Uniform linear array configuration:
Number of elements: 8
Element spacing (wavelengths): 0.75
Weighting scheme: hamming
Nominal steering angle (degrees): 60
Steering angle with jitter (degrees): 58.759
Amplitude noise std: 0.05
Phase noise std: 0.05

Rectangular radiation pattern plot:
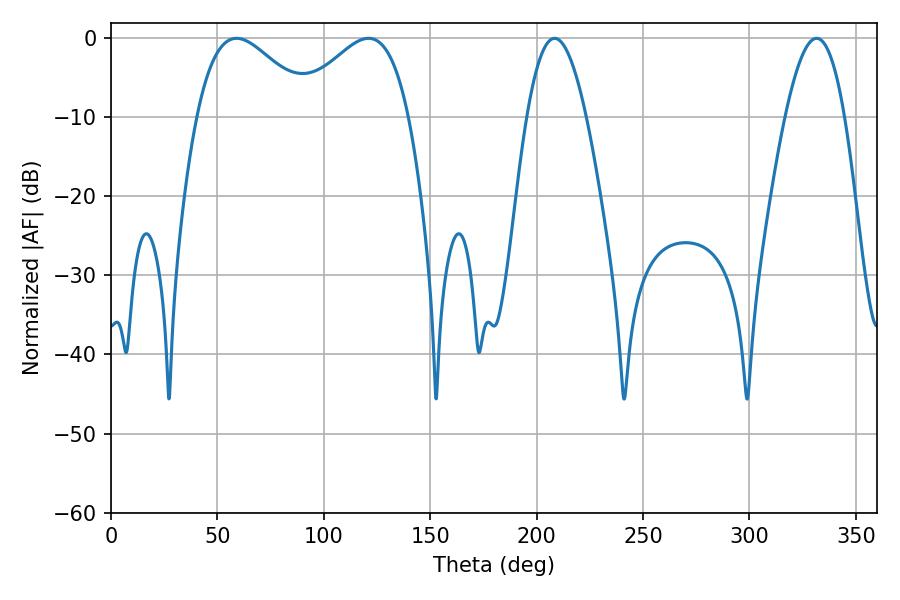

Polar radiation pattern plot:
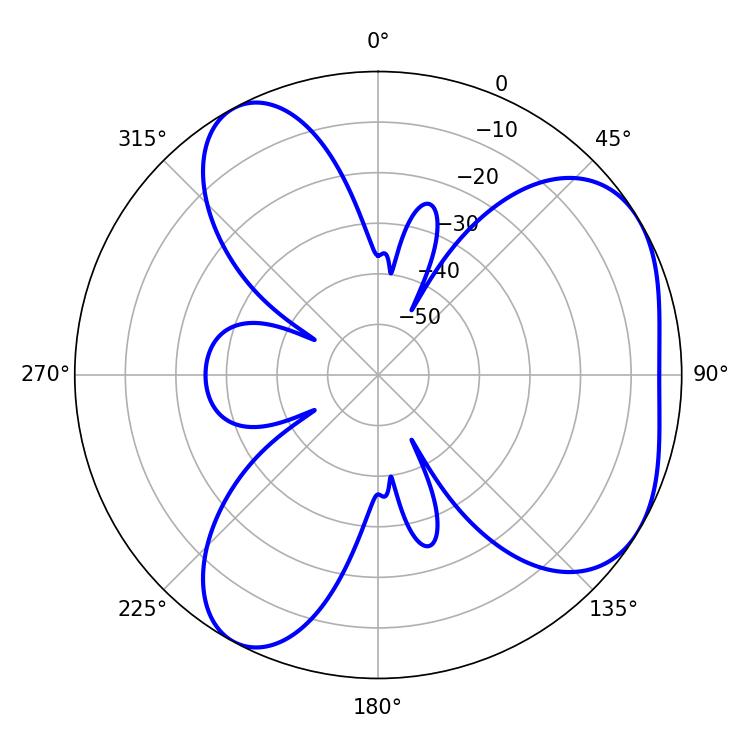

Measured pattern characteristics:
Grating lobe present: TRUE
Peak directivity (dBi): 4.75
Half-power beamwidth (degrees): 15.3
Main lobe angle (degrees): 331.56